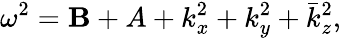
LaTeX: \omega^{2}=\mathbf{B}+A+k_{x}^{2}+k_{y}^{2}+\bar{{k}}_{z}^{2},